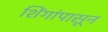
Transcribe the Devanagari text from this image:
शिंगांपासून